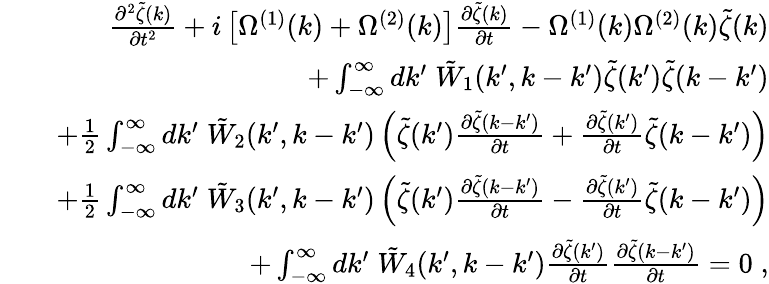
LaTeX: \begin{array}{rlr}&{}&{\frac{\partial^{2}\tilde{\zeta}(k)}{\partial t^{2}}+i\left[\Omega^{(1)}(k)+\Omega^{(2)}(k)\right]\frac{\partial\tilde{\zeta}(k)}{\partial t}-\Omega^{(1)}(k)\Omega^{(2)}(k)\tilde{\zeta}(k)}\\ &{}&{+\int_{-\infty}^{\infty}dk^{\prime}\; \tilde{W}_{1}(k^{\prime},k-k^{\prime})\tilde{\zeta}(k^{\prime})\tilde{\zeta}(k-k^{\prime})}\\ &{}&{+\frac{1}{2}\int_{-\infty}^{\infty}dk^{\prime}\; \tilde{W}_{2}(k^{\prime},k-k^{\prime})\left(\tilde{\zeta}(k^{\prime})\frac{\partial\tilde{\zeta}(k-k^{\prime})}{\partial t}+\frac{\partial\tilde{\zeta}(k^{\prime})}{\partial t}\tilde{\zeta}(k-k^{\prime})\right)}\\ &{}&{+\frac{1}{2}\int_{-\infty}^{\infty}dk^{\prime}\; \tilde{W}_{3}(k^{\prime},k-k^{\prime})\left(\tilde{\zeta}(k^{\prime})\frac{\partial\tilde{\zeta}(k-k^{\prime})}{\partial t}-\frac{\partial\tilde{\zeta}(k^{\prime})}{\partial t}\tilde{\zeta}(k-k^{\prime})\right)}\\ &{}&{+\int_{-\infty}^{\infty}dk^{\prime}\; \tilde{W}_{4}(k^{\prime},k-k^{\prime})\frac{\partial\tilde{\zeta}(k^{\prime})}{\partial t}\frac{\partial\tilde{\zeta}(k-k^{\prime})}{\partial t}=0\; ,}\end{array}